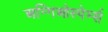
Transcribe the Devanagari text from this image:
अन्गिओस्पेर्म्स